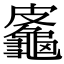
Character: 𪚷